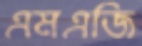
এমএজি